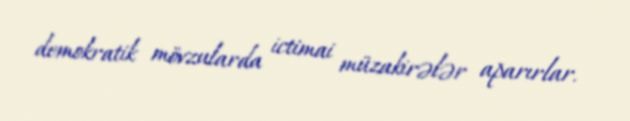
demokratik mövzularda ictimai müzakirələr aparırlar.